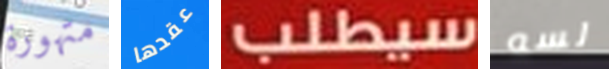
متهورة عقدها سيطلب لسه